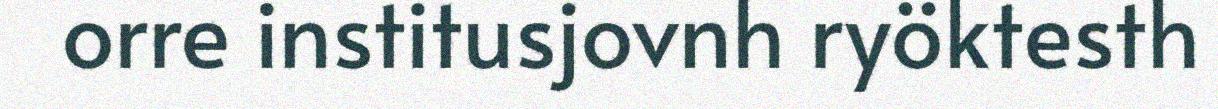
orre institusjovnh ryöktesth